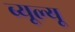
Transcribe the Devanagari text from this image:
ब्यूल्यू